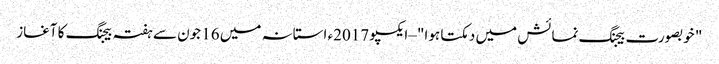
‫" خوبصورت بیجنگ نمائش میں دمکتا ہوا" –ایکسپو 2017ء استانہ میں 16 جون سے ہفتہ بیجنگ کا آغاز